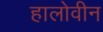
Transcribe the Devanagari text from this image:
हालोवीन